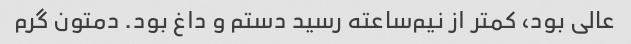
عالی بود، کمتر از نیم‌ساعته رسید دستم و داغ بود. دمتون گرم